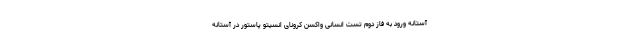
آستانه ورود به فاز دوم تست انسانی واکسن کرونای انسیتو پاستور در آستانه